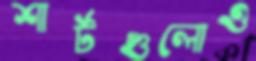
শার্টগুলোও